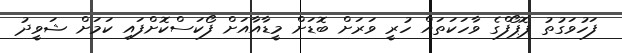
ފަހުވަގުތު ޕޮޕޯފްގެ ވާހަކަތައް ހުރީ ވަރަށް ބޮޑަށް މީޑާއާއަށް ފޯކަސްކޮށްފައި ކަމަށް ޝަވީދު